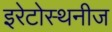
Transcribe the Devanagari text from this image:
इरेटोस्थनीज